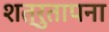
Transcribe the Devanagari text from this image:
शत्रुतापना